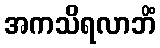
အကသိရလာဘိံ